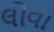
લોવા